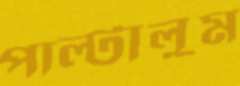
পাল্‌টালুম